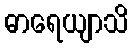
ဓာရေယျာသိ